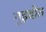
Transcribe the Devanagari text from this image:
गुइदोत